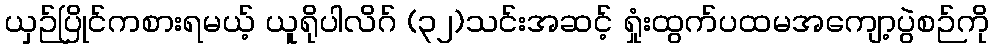
ယှဉ်ပြိုင်ကစားရမယ့် ယူရိုပါလိဂ် (၃၂)သင်းအဆင့် ရှုံးထွက်ပထမအကျော့ပွဲစဉ်ကို